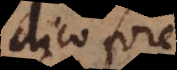
dico fore